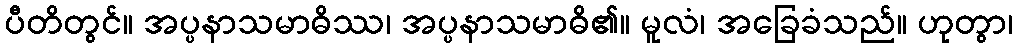
ပီတိတွင်။ အပ္ပနာသမာဓိဿ၊ အပ္ပနာသမာဓိ၏။ မူလံ၊ အခြေခံသည်။ ဟုတွာ၊